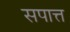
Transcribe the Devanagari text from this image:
सपात्त